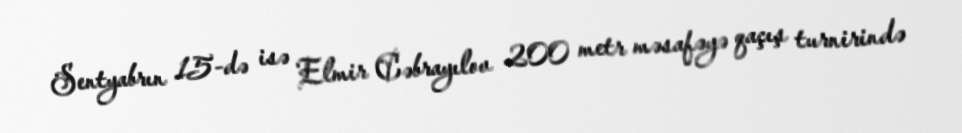
Sentyabrın 15-də isə Elmir Cəbrayılov 200 metr məsafəyə qaçış turnirində